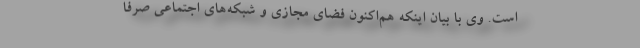
است. وی با بیان اینکه هم‌اکنون فضای مجازی و شبکه‌های اجتماعی صرفاً